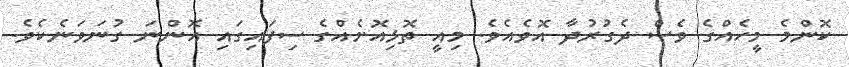
ކޮންމެ މީހެއްގެ ވެސް ދެގުރުދާ އޮވެއެވެ. މިއީ ތޮޅިއޮށެއްގެ ސިފައިގައި އޮންނަ ގުނަވަނެކެވެ.